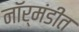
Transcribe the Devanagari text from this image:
नॉर्मंडीत